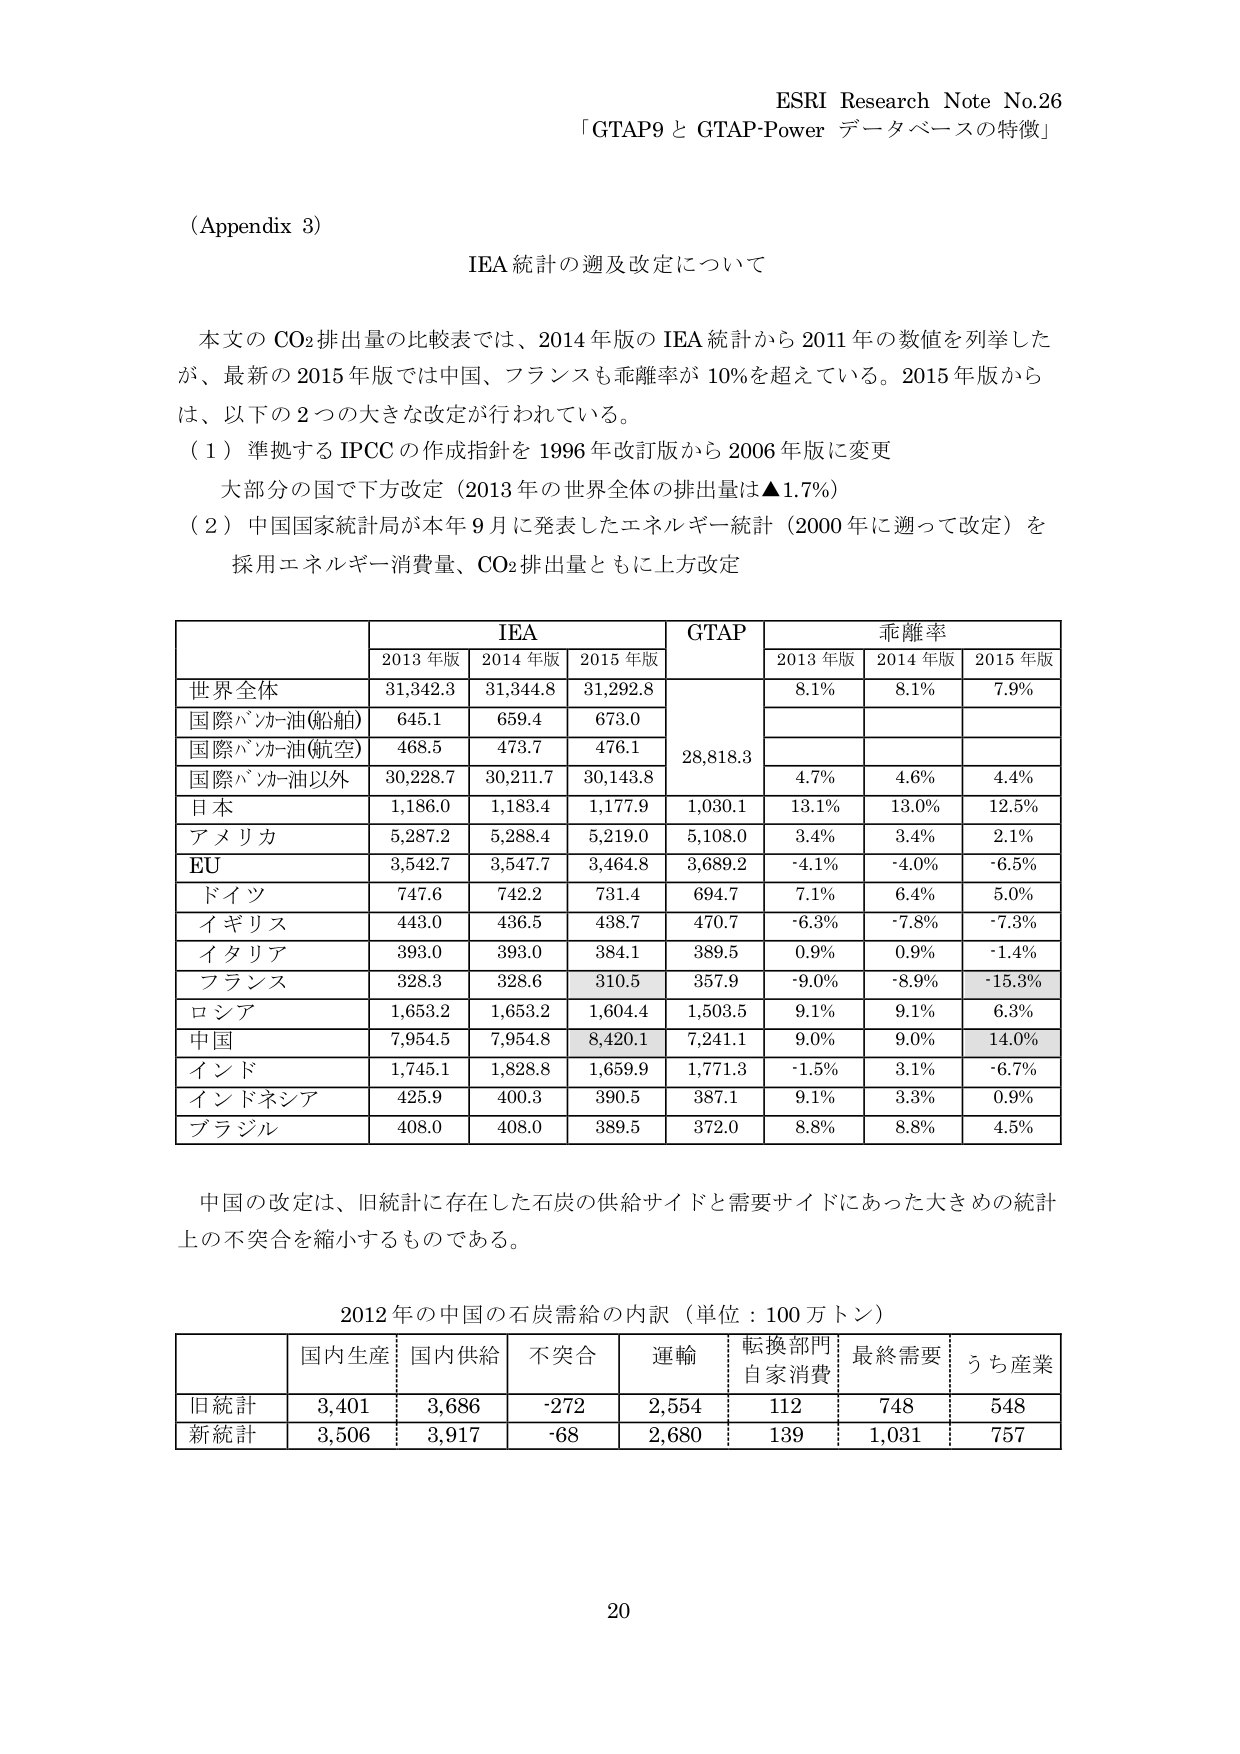
ESRI Research Note No.26
「GTAP9 と GTAP-Power データベースの特徴」

(Appendix 3)
IEA 統計の遡及改定について

本文の CO₂ 排出量の比較表では、2014 年版の IEA 統計から 2011 年の数値を列挙したが、最新の 2015 年版では中国、フランスも乖離率が 10% を超えている。2015 年版からは、以下の 2 つの大きな改定が行われている。

（1）準拠する IPCC の作成指針を 1996 年改訂版から 2006 年版に変更
大部分の国で下方改定（2013 年の世界全体の排出量は ▲1.7%）

（2）中国国家統計局が本年 9 月に発表したエネルギー統計（2000 年に遡って改定）を採用 エネルギー消費量、CO₂ 排出量ともに上方改定

| | IEA | GTAP | 乖離率 |
|---|---|---|---|
| | 2013 年版 | 2014 年版 | 2015 年版 | | 2013 年版 | 2014 年版 | 2015 年版 |
| 世界全体 | 31,342.3 | 31,344.8 | 31,292.8 | | 8.1% | 8.1% | 7.9% |
| 国際バッファ油(船舶) | 645.1 | 659.4 | 673.0 | | | | |
| 国際バッファ油(航空) | 468.5 | 473.7 | 476.1 | | | | |
| 国際バッファ油以外 | 30,228.7 | 30,211.7 | 30,143.8 | 28,818.3 | 4.7% | 4.6% | 4.4% |
| 日本 | 1,186.0 | 1,183.4 | 1,177.9 | 1,030.1 | 13.1% | 13.0% | 12.5% |
| アメリカ | 5,287.2 | 5,288.4 | 5,219.0 | 5,108.0 | 3.4% | 3.4% | 2.1% |
| EU | 3,542.7 | 3,547.7 | 3,464.8 | 3,689.2 | -4.1% | -4.0% | -6.5% |
| ドイツ | 747.6 | 742.2 | 731.4 | 694.7 | 7.1% | 6.4% | 5.0% |
| イギリス | 443.0 | 436.5 | 438.7 | 470.7 | -6.3% | -7.8% | -7.3% |
| イタリア | 393.0 | 393.0 | 384.1 | 389.5 | 0.9% | 0.9% | -1.4% |
| フランス | 328.3 | 328.6 | 310.5 | 357.9 | -9.0% | -8.9% | -15.3% |
| ロシア | 1,653.2 | 1,653.2 | 1,604.4 | 1,503.5 | 9.1% | 9.1% | 6.3% |
| 中国 | 7,954.5 | 7,954.8 | 8,420.1 | 7,241.1 | 9.0% | 9.0% | 14.0% |
| インド | 1,745.1 | 1,828.8 | 1,659.9 | 1,771.3 | -1.5% | 3.1% | -6.7% |
| インドネシア | 425.9 | 400.3 | 390.5 | 387.1 | 9.1% | 3.3% | 0.9% |
| ブラジル | 408.0 | 408.0 | 389.5 | 372.0 | 8.8% | 8.8% | 4.5% |

中国の改定は、旧統計に存在した石炭の供給サイドと需要サイドにあった大きめの統計上の不突合を縮小するものである。

2012 年の中国の石炭需給の内訳（単位：100 万トン）

| | 国内生産 | 国内供給 | 不突合 | 運輸 | 転換部門 自家消費 | 最終需要 | うち産業 |
|---|---|---|---|---|---|---|---|
| 旧統計 | 3,401 | 3,686 | -272 | 2,554 | 112 | 748 | 548 |
| 新統計 | 3,506 | 3,917 | -68 | 2,680 | 139 | 1,031 | 757 |

20